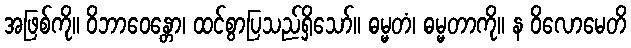
အဖြစ်ကို။ ဝိဘာဝေန္တော၊ ထင်စွာပြသည်ရှိသော်။ ဓမ္မတံ၊ ဓမ္မတာကို။ န ဝိလောမေတိ